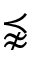
\precnapprox